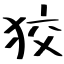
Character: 狡